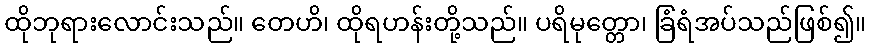
ထိုဘုရားလောင်းသည်။ တေဟိ၊ ထိုရဟန်းတို့သည်။ ပရိမုတ္တော၊ ခြံရံအပ်သည်ဖြစ်၍။